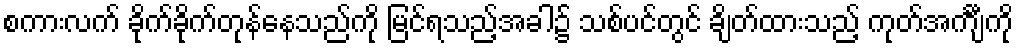
စကားလက် ခိုက်ခိုက်တုန်နေသည်ကို မြင်ရသည့်အခါ၌ သစ်ပင်တွင် ချိတ်ထားသည့် ကုတ်အင်္ကျီကို